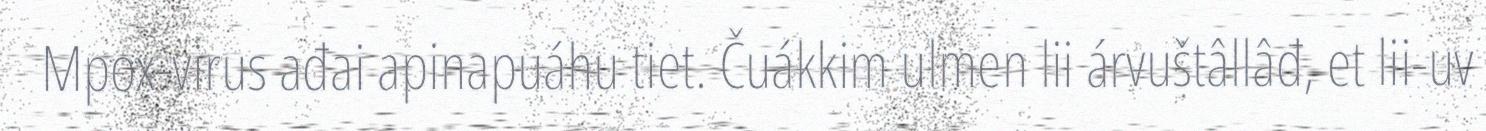
Mpox-virus ađai apinapuáhu tiet. Čuákkim ulmen lii árvuštâllâđ, et lii-uv